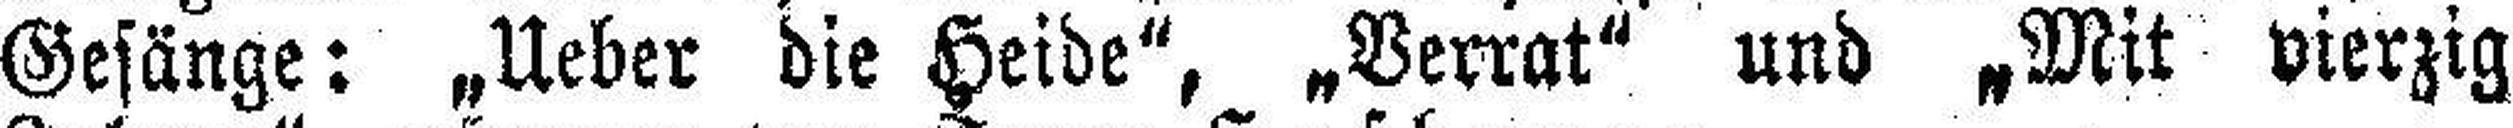
Gesänge: „Ueber die Heide", „Verrat" und „Mit vierzig